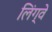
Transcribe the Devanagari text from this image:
लिंग्वे